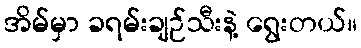
အိမ်မှာ ခရမ်းချဉ်သီးနဲ့ ရွေးတယ်။